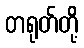
တရုတ်တို့